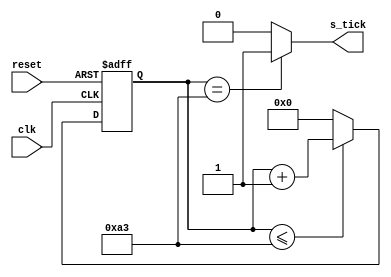
`timescale 1ns / 1ps

module baudrate_generator
    #(  
          parameter N = 8,
                    M = 163       
     )
    (
          input wire clk, reset,
          output wire s_tick
    );

 reg  [N-1:0] r_reg,r_next;
 
 always@(posedge clk, posedge reset)
 begin
    if(reset)
       r_reg <= 8'b0;
    else
       r_reg <= r_next;
 end

always @*
begin
   if(r_reg <= M)
      r_next = r_reg + 1;
   else 
      r_next = 0;
end

assign s_tick = (r_reg == (M)) ? 1'b1 : 1'b0;


endmodule